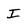
Character: i